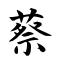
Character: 蔡